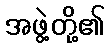
အဖွဲ့တို့၏